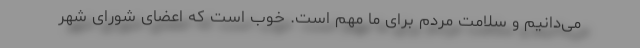
می‌دانیم و سلامت مردم برای ما مهم است. خوب است که اعضای شورای شهر